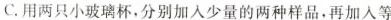
C. 用两只小玻璃杯，分别加入少量的两种样品，再加入等